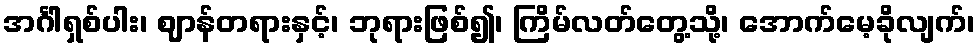
အင်္ဂါရှစ်ပါး၊ ဈာန်တရားနှင့်၊ ဘုရားဖြစ်၍၊ ကြိမ်လတ်တွေ့သို့၊ အောက်မေ့ခိုလျက်၊